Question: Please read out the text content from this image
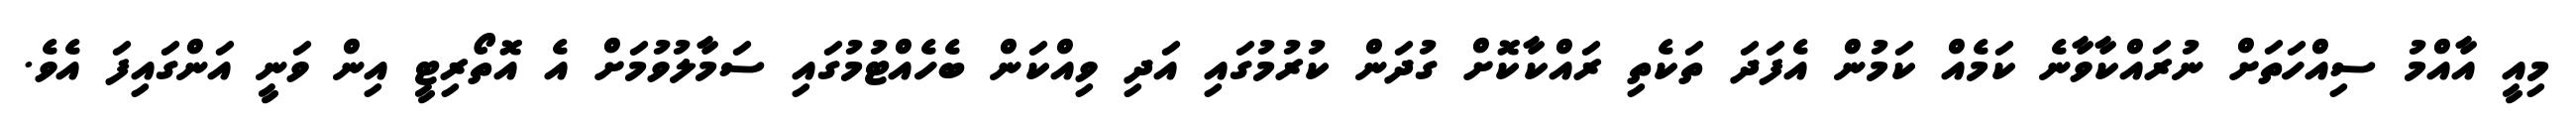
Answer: މިއީ އާއްމު ސިއްހަތަށް ނުރައްކާވާނެ ކަމެއް ކަމުން އެފަދަ ތަކެތި ރައްކާކޮށް ގުދަން ކުރުމުގައި އަދި ވިއްކަން ބެހެއްޓުމުގައި ސަމާލުވުމަށް އެ އޮތޯރިޓީ އިން ވަނީ އަންގައިފަ އެވެ.